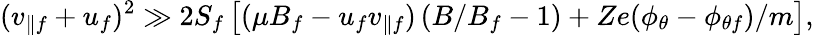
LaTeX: (v_{\parallel f}+u_{f})^{2}\gg 2S_{f}\left[(\mu B_{f}-u_{f}v_{\parallel f})\left(B/B_{f}-1\right)+Ze(\phi_{\theta}-\phi_{\theta f})/m\right],